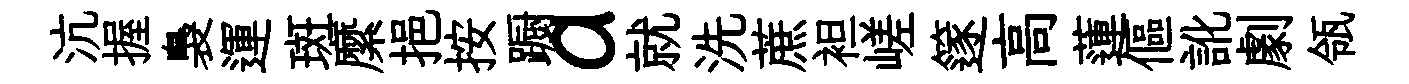
沆握裊運斑縻挹按蹰a就洗蔗袒嵯篴高蓮傴訛劇瓴